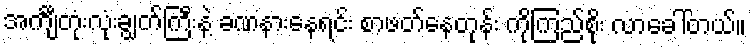
အင်္ကျီတုံးလုံးချွတ်ကြီးနဲ့ ခဏနားနေရင်း စာဖတ်နေတုန်း ကိုကြည်စိုး လာခေါ်တယ်။